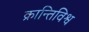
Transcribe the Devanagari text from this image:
क्रान्तिविश्व